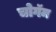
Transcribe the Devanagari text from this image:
चोगॅम